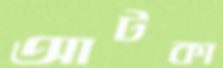
আটকা